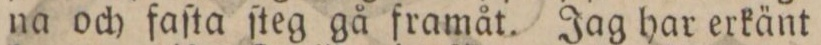
na och faſta ſteg gå framåt. Jag har erkänt